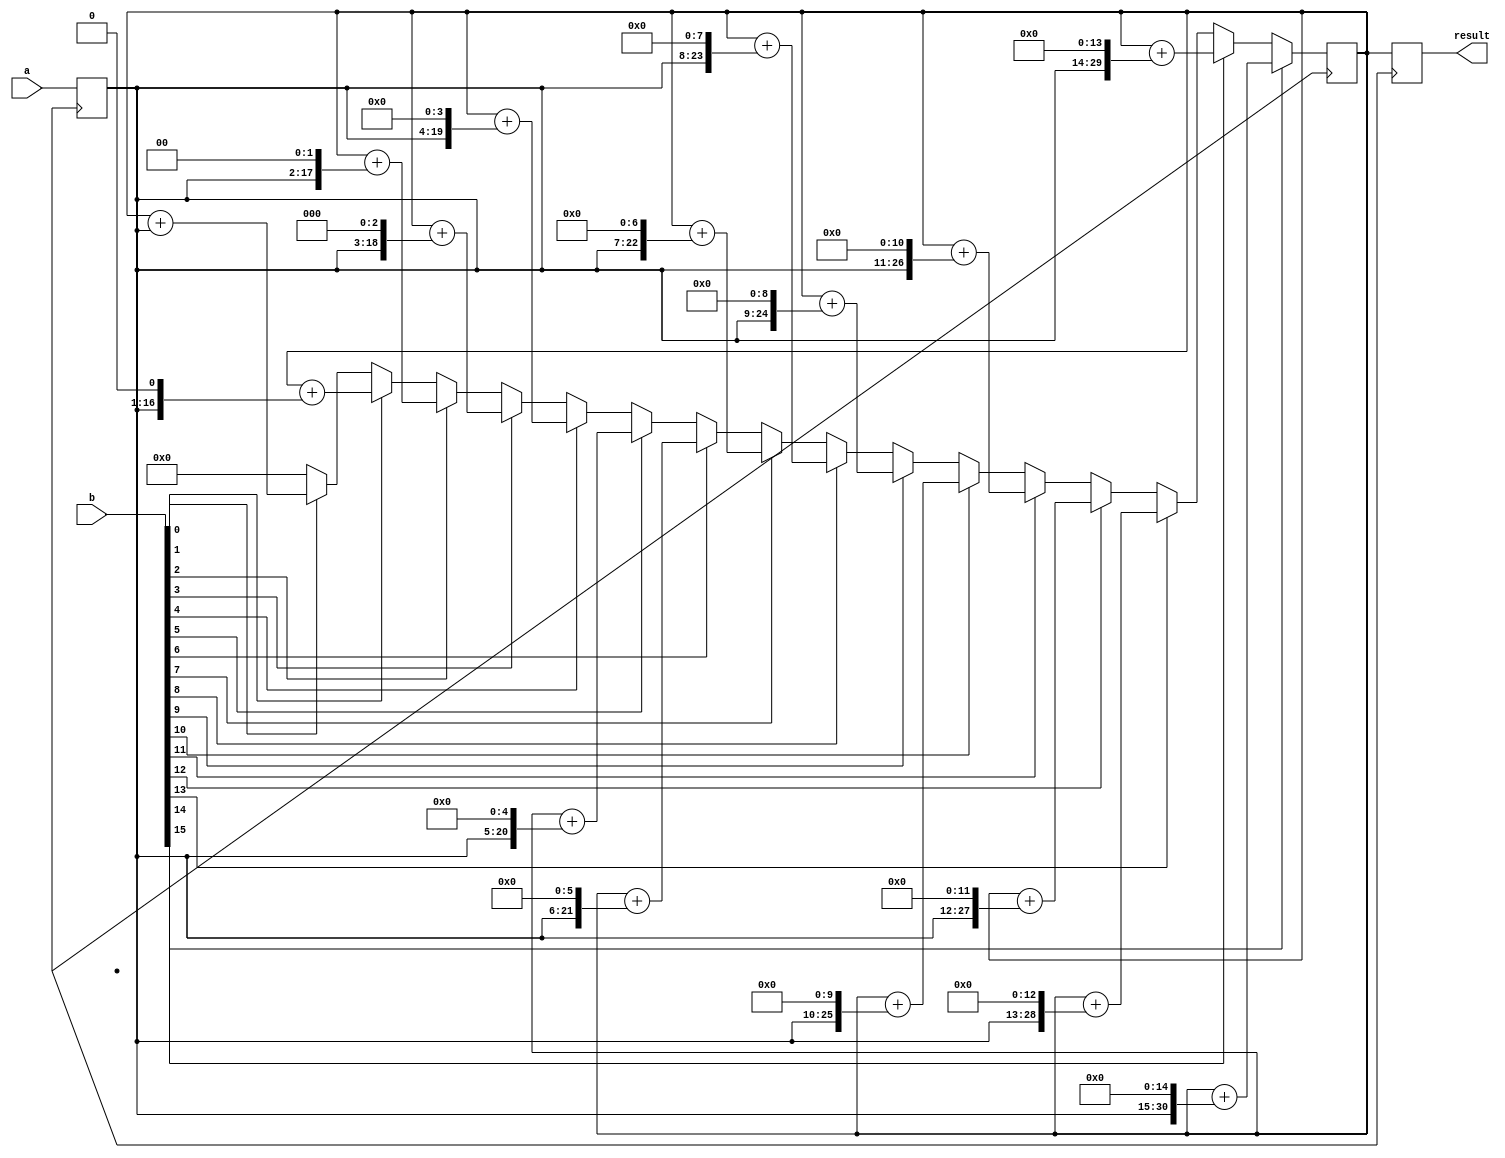
module signed_multiplier (
    input signed [15:0] a,
    input signed [15:0] b,
    output reg signed [31:0] result
);

reg signed [15:0] multiplicand;
reg signed [31:0] product;
reg signed [31:0] accumulator;
reg [4:0] shift_count;

always @ (posedge clk) begin
    // Initialize variables
    multiplicand <= a;
    shift_count <= 0;
    product <= 0;

    // Perform multiplication
    for (shift_count = 0; shift_count < 16; shift_count = shift_count + 1) begin
        if (b[shift_count] == 1) begin
            product <= product + (multiplicand << shift_count);
        end
    end

    result <= product;
end

endmodule